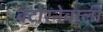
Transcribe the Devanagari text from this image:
बटोरनेवाली